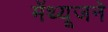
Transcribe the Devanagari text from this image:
मॅथ्यूजने